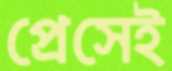
প্রেসেই